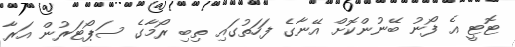
ޓޮޓީ އެ ފޯނު ބޭނުންކޮށް އޭނާގެ ފަހަތުގައި ތިބި ރޯމާގެ ސަޕޯޓަރުން އަރާ